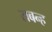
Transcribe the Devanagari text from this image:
सबन्ह